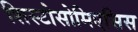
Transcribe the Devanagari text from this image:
शिस्टोसोमिएसिस